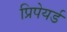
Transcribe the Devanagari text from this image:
प्रिपेयर्ड